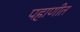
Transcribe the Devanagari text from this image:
पहाणीत